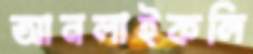
আনলাইকলি